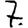
Digit: 7